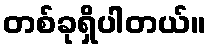
တစ်ခုရှိပါတယ်။